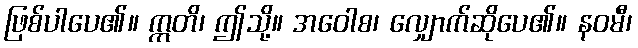
ဖြစ်ပါပေ၏။ ဣတိ၊ ဤသို့။ အဝေါစ၊ လျှောက်ဆိုပေ၏။ နဝမီ၊